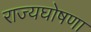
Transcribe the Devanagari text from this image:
राज्यघोषणा